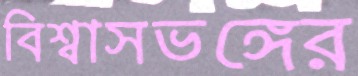
বিশ্বাসভঙ্গের